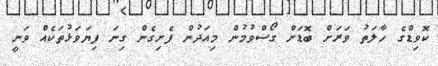
ކޮވިޑްގެ ހާލަތު ވަރަށް ބޮޑަށް ގޯސްވުމުން މިއަދުން ފެށިގެން ގިނަ ފިޔަވަޅުތަކެއް ވަނީ